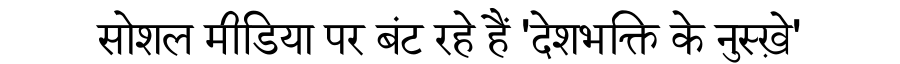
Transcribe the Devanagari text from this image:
सोशल मीडिया पर बंट रहे हैं 'देशभक्ति के नुस्ख़े'